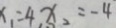
x _ { 1 } = 4 , x _ { 2 } = - 4